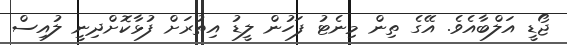
ޖޯޑީ އަލްބާއެވެ. އޭގެ ތިން މިނެޓު ފަހުން ލީޑު އިތުރަށް ފުޅާކޮށްދިނީ ލުއިސް